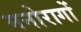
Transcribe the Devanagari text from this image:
मनोरागों